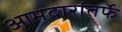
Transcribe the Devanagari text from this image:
आमदारांतर्फे